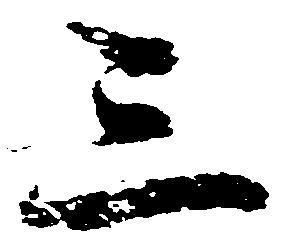
三